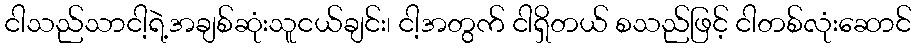
ငါသည်သာငါ့ရဲ့အချစ်ဆုံးသူငယ်ချင်း၊ ငါ့အတွက် ငါရှိတယ် စသည်ဖြင့် ငါတစ်လုံးဆောင်